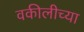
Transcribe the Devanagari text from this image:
वकीलीच्या